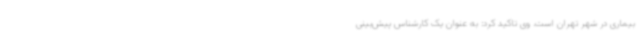
بیماری در شهر تهران است. وی تاکید کرد: به عنوان یک کارشناس پیش‌بینی